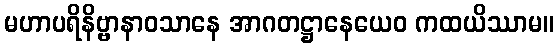
မဟာပရိနိဗ္ဗာနာဝသာနေ အာဂတဋ္ဌာနေယေဝ ကထယိဿာမ။